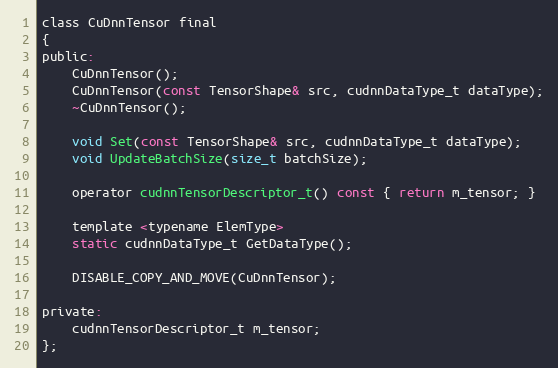
Language: C
class CuDnnTensor final
{
public:
    CuDnnTensor();
    CuDnnTensor(const TensorShape& src, cudnnDataType_t dataType);
    ~CuDnnTensor();

    void Set(const TensorShape& src, cudnnDataType_t dataType);
    void UpdateBatchSize(size_t batchSize);

    operator cudnnTensorDescriptor_t() const { return m_tensor; }

    template <typename ElemType>
    static cudnnDataType_t GetDataType();

    DISABLE_COPY_AND_MOVE(CuDnnTensor);

private:
    cudnnTensorDescriptor_t m_tensor;
};